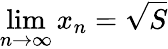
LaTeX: \operatorname*{lim}_{n\to\infty}x_{n}={\sqrt{S}}